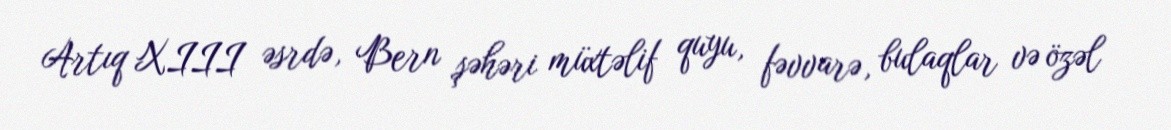
Artıq XIII əsrdə, Bern şəhəri müxtəlif quyu, fəvvarə, bulaqlar və özəl